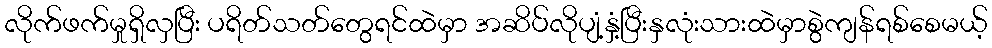
လိုက်ဖက်မှုရှိလှပြီး ပရိတ်သတ်တွေရင်ထဲမှာ အဆိပ်လိုပျံ့နှံ့ပြီးနှလုံးသားထဲမှာစွဲကျန်ရစ်စေမယ့်